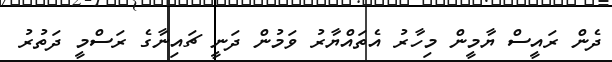
ދެން ރައީސް ޔާމީން މިހާރު އެތައްޔާރު ވަމުން ދަނީ ޗައިނާގެ ރަސްމީ ދަތުރު